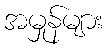
အမှုန်များ